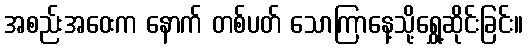
အစည်းအဝေးက နောက် တစ်ပတ် သောကြာနေ့သို့ရွှေ့ဆိုင်းခြင်း။